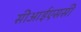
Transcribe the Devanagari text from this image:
सीआईएससी